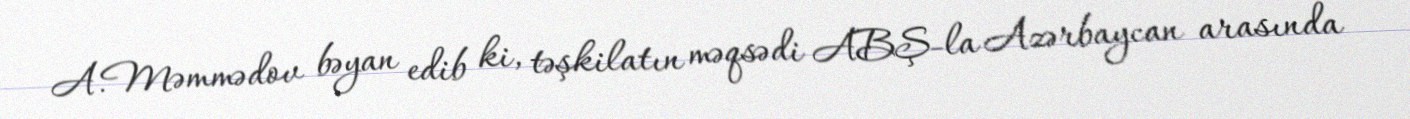
A.Məmmədov bəyan edib ki, təşkilatın məqsədi ABŞ-la Azərbaycan arasında